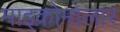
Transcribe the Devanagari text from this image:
माइक्रोमोलार